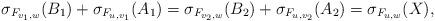
LaTeX: \begin{align*}\sigma_{F_{v_1,w}}(B_1) + \sigma_{F_{u,v_1}}(A_1) = \sigma_{F_{v_2,w}}(B_2) + \sigma_{F_{u,v_2}}(A_2) = \sigma_{F_{u,w}}(X),\end{align*}